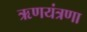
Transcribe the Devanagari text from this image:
ऋणयंत्रणा